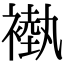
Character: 褹